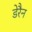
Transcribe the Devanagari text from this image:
डेरैन